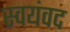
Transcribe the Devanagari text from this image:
स्वयंवद